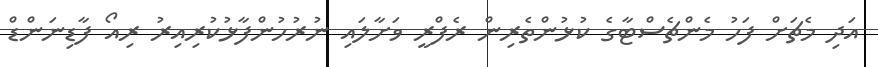
އަދި މެޗަށް ފަހު މެންޗެސްޓާގެ ކުޅުންތެރިން ރެފްރީ ވަށާލައި ނުރުހުންފާޅުކުރިއިރު ރިއޯ ފާޑިނަންޑް